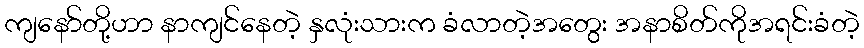
ကျနော်တို့ဟာ နာကျင်နေတဲ့ နှလုံးသားက ခံလာတဲ့အတွေး အနာစိတ်ကိုအရင်းခံတဲ့